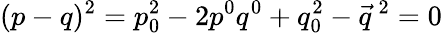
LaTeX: (p-q)^{2}=p_{0}^{2}-2p^{0}q^{0}+q_{0}^{2}-\vec{q}^{\, 2}=0